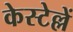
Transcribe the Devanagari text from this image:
केस्टेल्लें